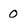
Character: 0